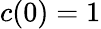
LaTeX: c(0)=1